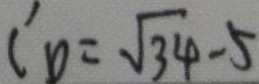
C _ { \Delta } = \sqrt { 3 4 } - 5